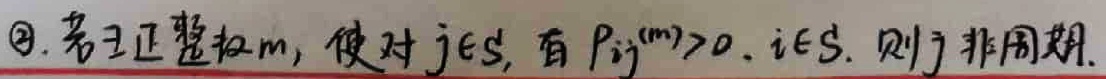
\textcircled{2}. 若 \(\exists\) 正整数 \(m\)，使对 \(j \in S\)，有 \(P_{ij}^{(m)}>0\)，\(i \in S\)，则 \(j\) 非周期。